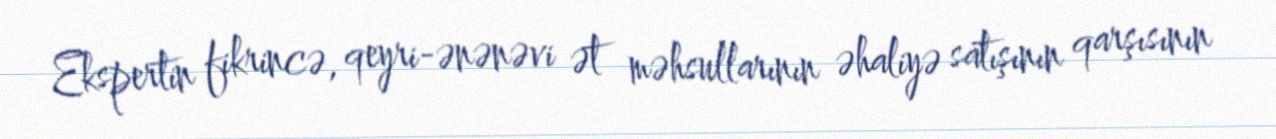
Ekspertin fikrincə, qeyri-ənənəvi ət məhsullarının əhaliyə satışının qarşısının